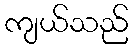
ကျယ်သည်